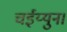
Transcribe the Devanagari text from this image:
चईय्युन।